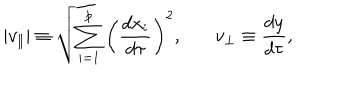
| v _ { \parallel } | \equiv \sqrt { \sum _ { i = 1 } ^ { p } \left( { \frac { d x _ { i } } { d \tau } } \right) ^ { 2 } } , \ \ \ v _ { \perp } \equiv { \frac { d y } { d \tau } } ,